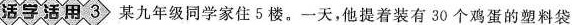
活学活用3 某九年级同学家住5楼。一天，他提着装有30个鸡蛋的塑料袋